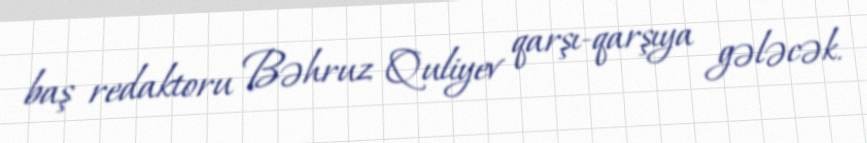
baş redaktoru Bəhruz Quliyev qarşı-qarşıya gələcək.